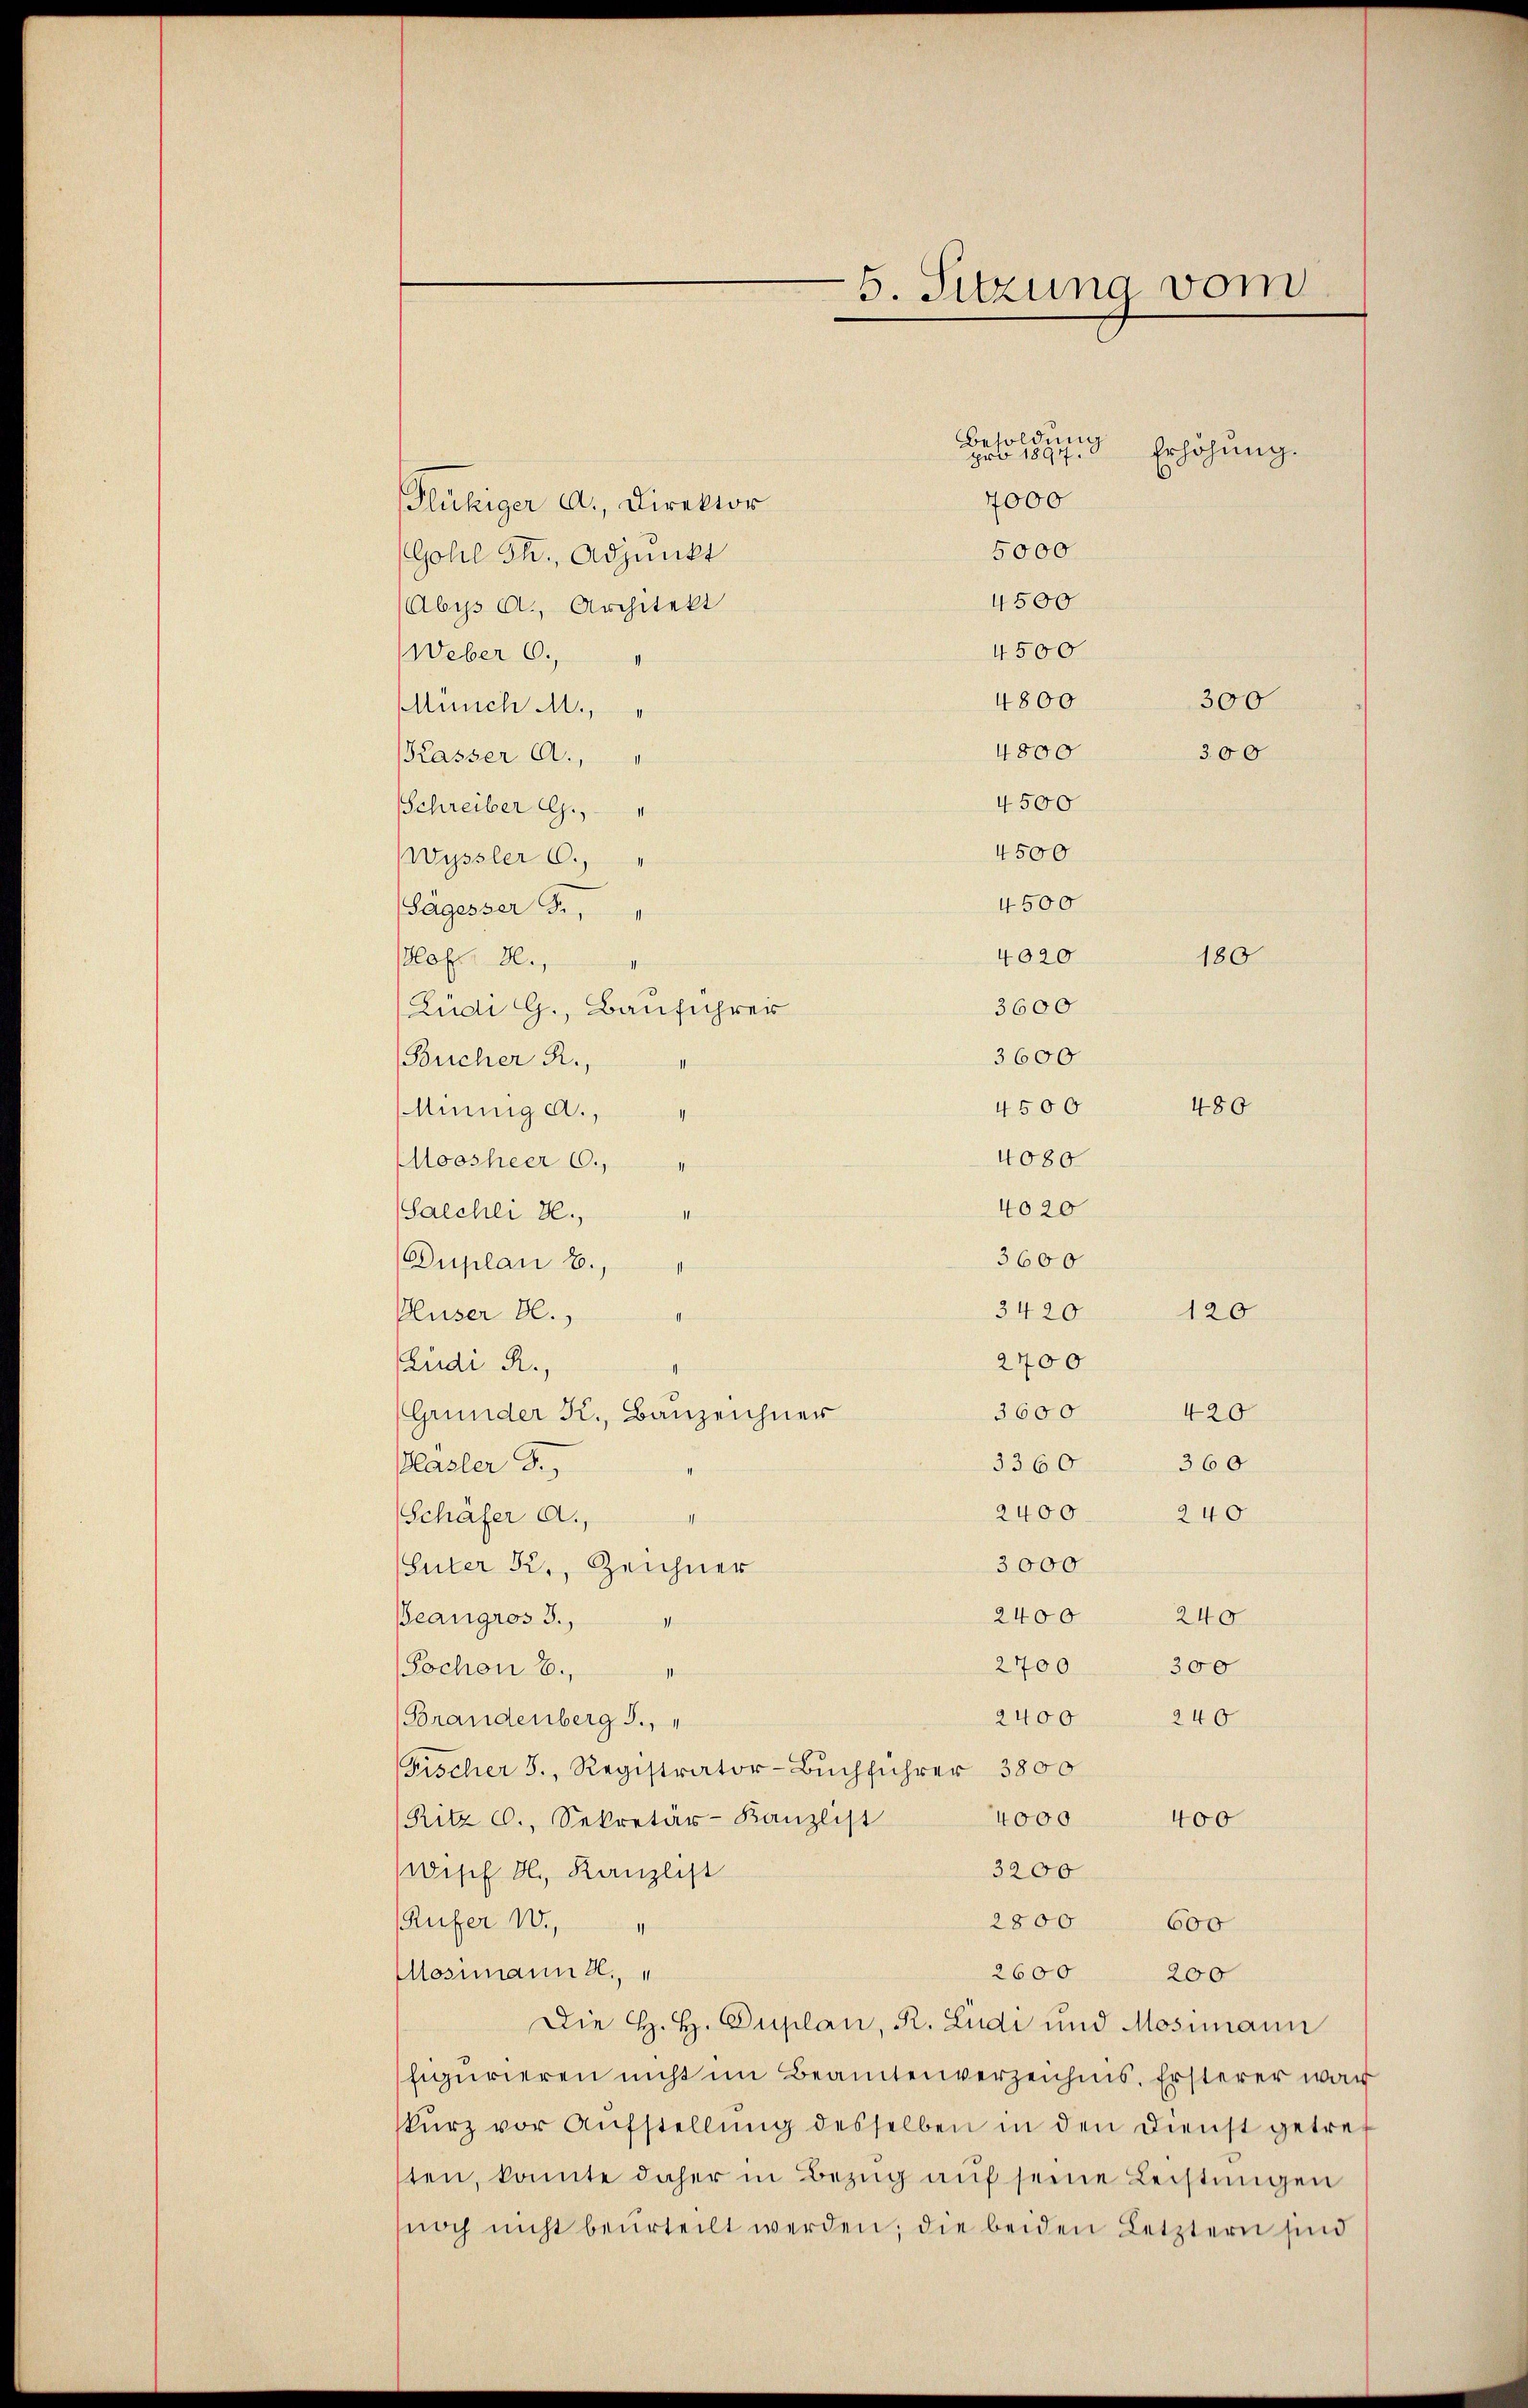
Fluhiger A. Direktor
Gohl Th., Adjunkt
Abys A., Architekt
Weber 6. "
4800
Münch M.,
4800
Kasser A.,
4500
sSchreiber G.,
4500
Wyssler 6.,
4500
Sägesser Fr.
4020
Hof. H.,
3600
(Lüdi G., Bauführer
Bucher R.,
Ainnig c.,
Moosheer 6.
Salchei H.,
Duplan 8.
Pluser Bl.
Rudi R.,
(Grunder K. Bauzeichner
3360
Pläsler d.
360
2400. 240
Schäfer a.,
3000
Suter K., Zeichner
2400 240
Beängros 3.,
2700
300
Pochen 8.
2400 240
(Brandenberg 3.,
Fischer B., Registrator-Buchführer 3800
(Ritz C., Sekretär-Kanzlist
4000 400
wisch H., Kanzlist
3200
Rufer 181,
2800
600
2600
Mosimann z.
200
Die H. H. Duplan, R. Ludi und Mosimann
figurieren nicht im Beamtenverzeichnis. Ersterer war
kurz vor Aufstellung desselben in den Dienst getref
ten, konnte daher in Bezŭg aŭf seine Leistungen
noch nicht beurteilt werden, die beiden Letztern sind

5. Sitzung vom

Besoldung
pro 1891
4000

5000
4500
4500

3600
4020
3600
3420
2700
3600 420

4500
4080

Erhöhung.

300

180

480

120

300